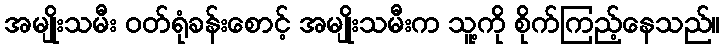
အမျိုးသမီး ဝတ်ရုံခန်းစောင့် အမျိုးသမီးက သူ့ကို စိုက်ကြည့်နေသည်။